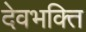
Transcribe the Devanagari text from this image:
देवभक्ति